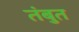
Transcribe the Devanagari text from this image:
तंबुत